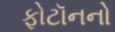
ફોટૉનનો